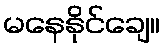
မနေနိုင်ချေ။